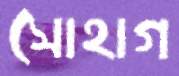
সোহাগ